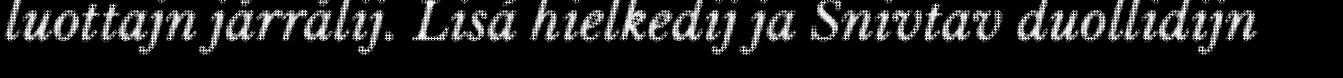
luottajn jårrålij. Lisá hielkedij ja Snivtav duollidijn